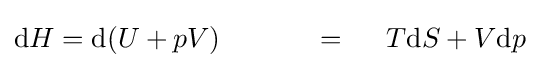
\mathrm {d} H=\mathrm {d} (U+pV)\ \ \ \ \ \ \ \ \ \ =\ \ \ \ T\mathrm {d} S+V\mathrm {d} p